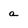
Character: a